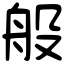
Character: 般